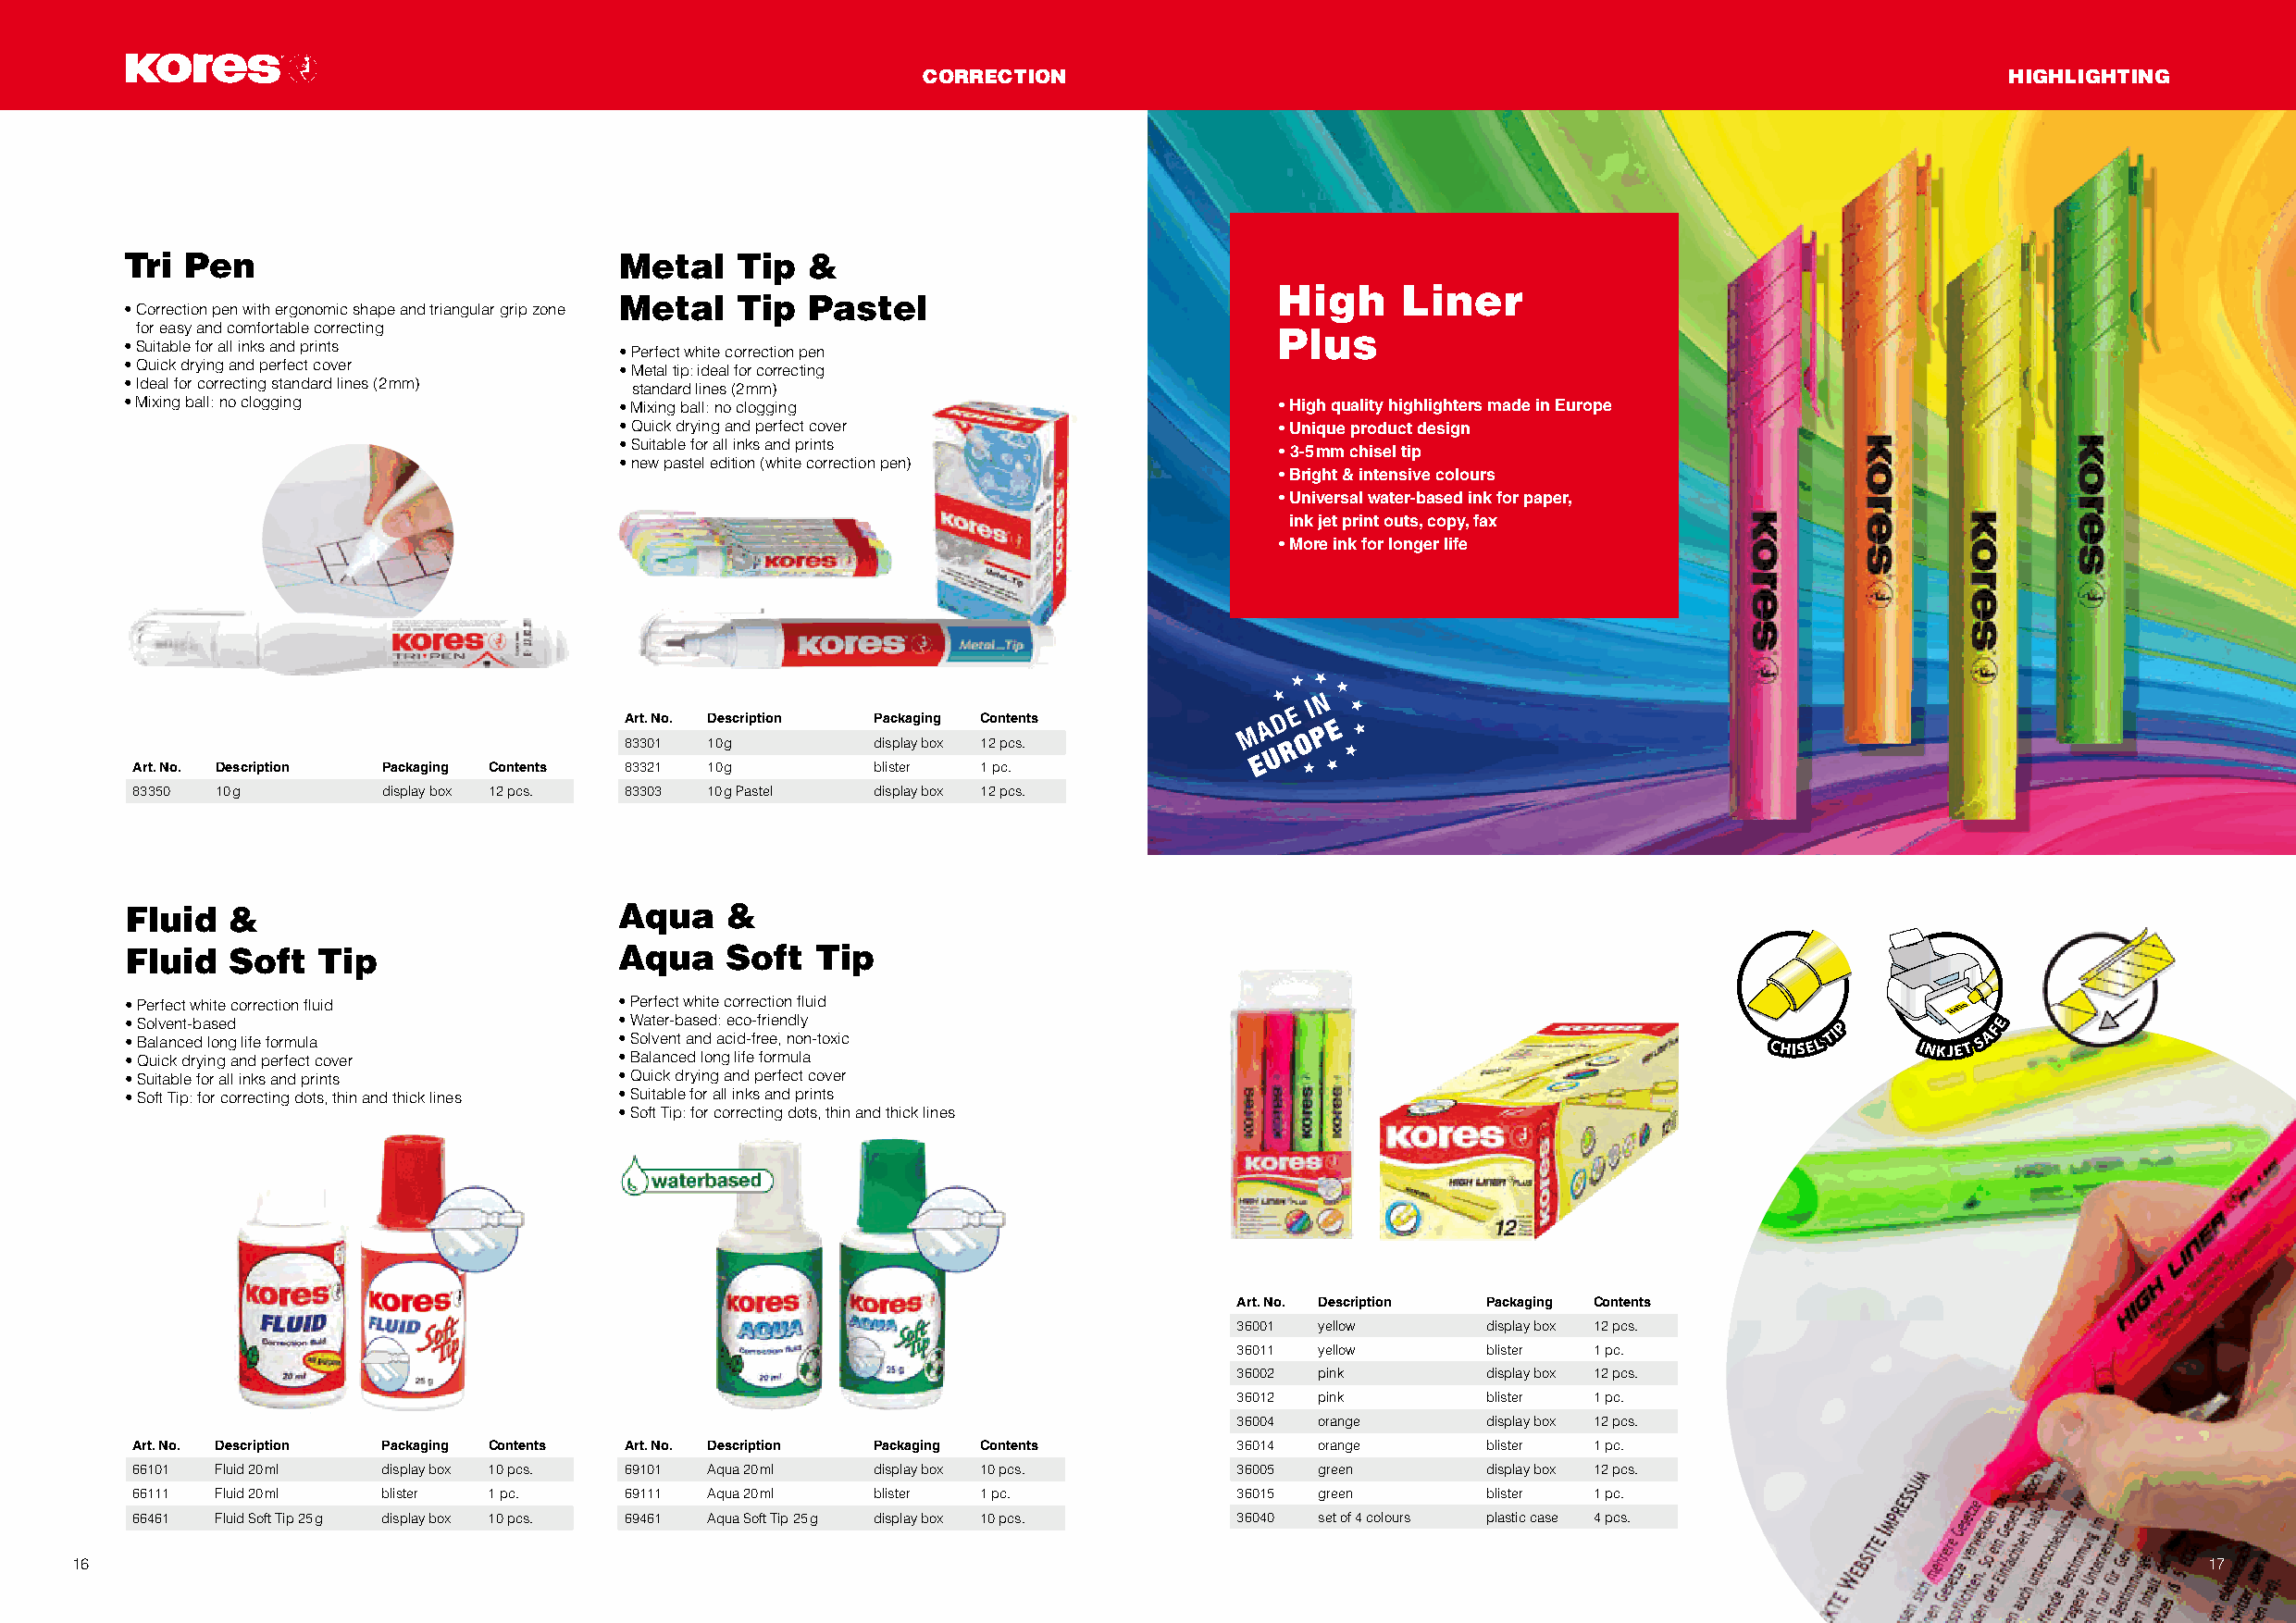
CORRECTION                                                                    HIGHLIGHTING
 Tri Pen                            Metal    Tip  &
 High     Liner
 Metal    Tip  Pastel
 • Correction pen with ergonomic shape and triangular grip zone
 for easy and comfortable correcting                                              Plus
 • Suitable for all inks and prints • Perfect white correction pen
 • Quick drying and perfect cover   • Metal tip: ideal for correcting
 • Ideal for correcting standard lines (2 mm) standard lines (2 mm)
 • Mixing ball: no clogging         • Mixing ball: no clogging                      • High quality highlighters made in Europe
 • Quick drying and perfect cover                • Unique product design
 • Suitable for all inks and prints
 • 3-5 mm chisel tip
 • new pastel edition (white correction pen)
 • Bright & intensive colours
 • Universal water-based ink for paper,
 ink jet print outs, copy, fax
 • More ink for longer life
 Art. No. Description Packaging Contents
 83301 10 g        display box 12 pcs.
 Art. No. Description Packaging Contents 83321 10 g    blister 1 pc.
 83350 10 g        display box 12 pcs. 83303 10 g Pastel display box 12 pcs.
 Fluid  &                           Aqua    &
 Fluid  Soft   Tip                  Aqua    Soft  Tip
 • Perfect white correction fluid   • Perfect white correction fluid
 • Solvent-based                    • Water-based: eco-friendly
 • Balanced long life formula       • Solvent and acid-free, non-toxic
 • Quick drying and perfect cover   • Balanced long life formula
 • Suitable for all inks and prints • Quick drying and perfect cover
 • Soft Tip: for correcting dots, thin and thick lines • Suitable for all inks and prints
 • Soft Tip: for correcting dots, thin and thick lines
 Art. No. Description Packaging Contents
 36001 yellow      display box 12 pcs.
 36011 yellow      blister 1 pc.
 36002 pink        display box 12 pcs.
 36012 pink        blister 1 pc.
 36004 orange      display box 12 pcs.
 Art. No. Description Packaging Contents Art. No. Description Packaging Contents 36014 orange     blister 1 pc.
 66101 Fluid 20 ml display box 10 pcs. 69101 Aqua 20 ml display box 10 pcs.     36005 green       display box 12 pcs.
 66111 Fluid 20 ml blister 1 pc.     69111 Aqua 20 ml blister 1 pc.             36015 green       blister 1 pc.
 66461 Fluid Soft Tip 25 g display box 10 pcs. 69461 Aqua Soft Tip 25 g display box 10 pcs. 36040 set of 4 colours plastic case 4 pcs.
 16                                                                                                                                                       17